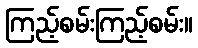
ကြည့်စမ်းကြည့်စမ်း။